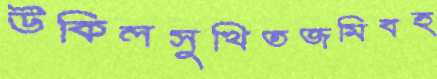
উকিলসুখিতজমিবহ